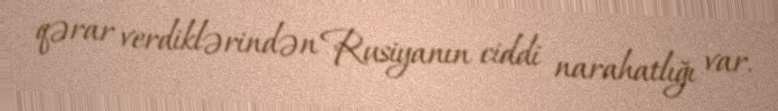
qərar verdiklərindən Rusiyanın ciddi narahatlığı var.